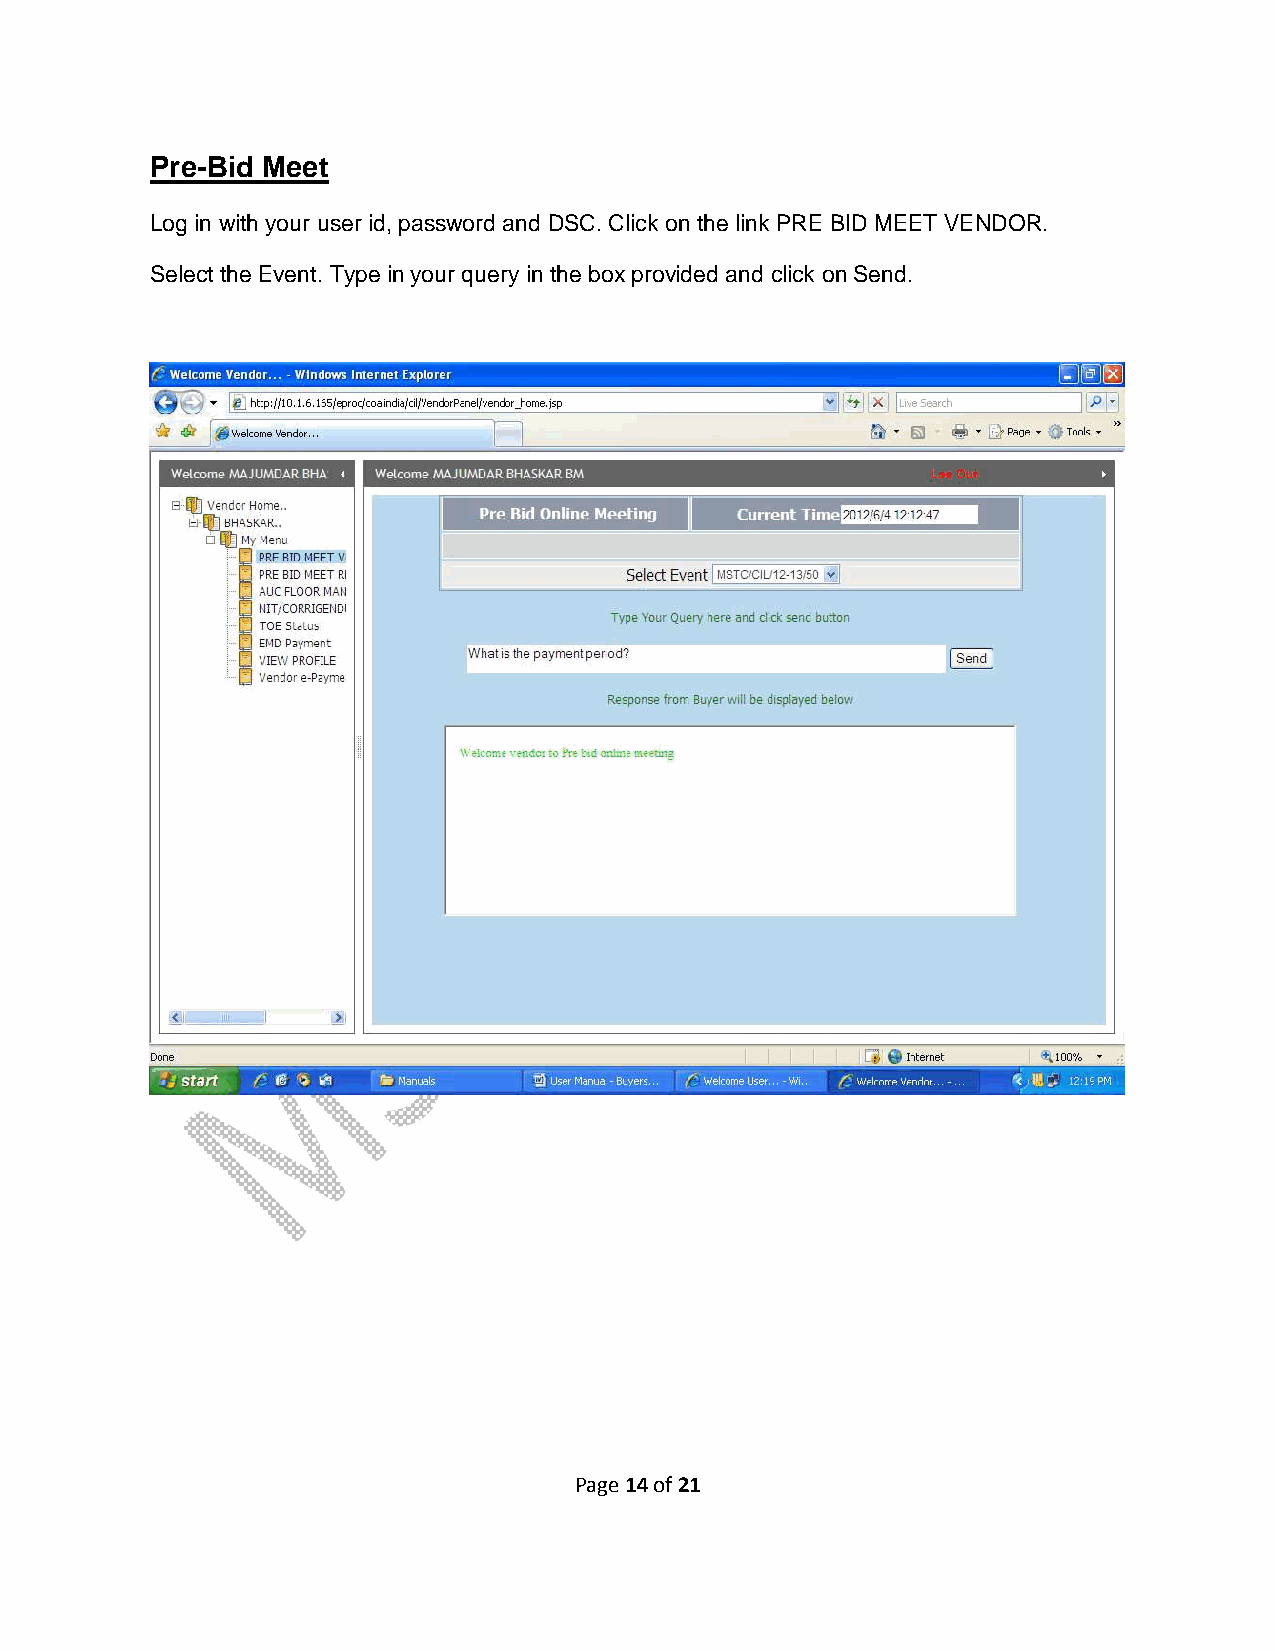
Pre-Bid Meet
 Log in with your user id, password and DSC. Click on the link PRE BID MEET VENDOR.
 Select the Event. Type in your query in the box provided and click on Send.
 Page 14 of 21